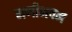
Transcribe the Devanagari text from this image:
मणीभवन